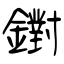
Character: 鑆